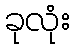
ခုလုံး